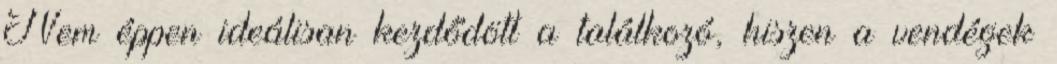
Nem éppen ideálisan kezdődött a találkozó, hiszen a vendégek